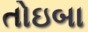
તોઇબા